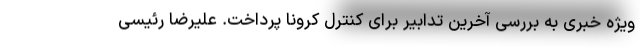
ویژه خبری به بررسی آخرین تدابیر برای کنترل کرونا پرداخت. علیرضا رئیسی